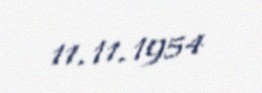
11.11.1954